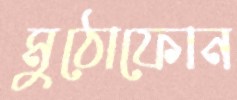
মুঠোফোন